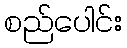
စည်ပေါင်း